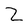
Character: Z